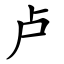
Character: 卢